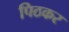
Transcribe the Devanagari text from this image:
पिठकर